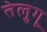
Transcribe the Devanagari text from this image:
तेलु्गू